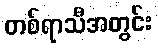
တစ်ရာသီအတွင်း